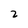
Character: 2